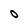
Character: O